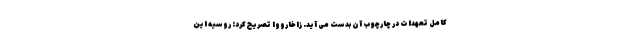
کامل تعهدات در چارچوب آن بدست می آید. زاخارووا تصریح کرد: روسیه این